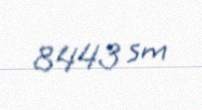
8443 sm